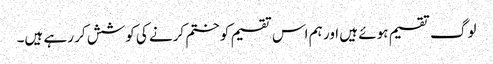
لوگ تقسیم ہوئے ہیں اور ہم اس تقسیم کو ختم کرنے کی کوشش کر رہے ہیں۔